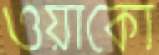
ওয়াকো